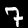
Label: 7